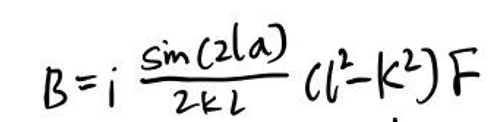
$B = i\frac{\sin(2l a)}{2k l}(l^2 - k^2)F$